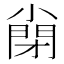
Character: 𡮣